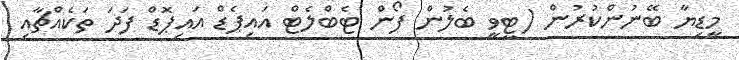
މީޑިޔާ ބޭނުންކުރުން (ޓީވީ ބެލުން ފޯން ޓެބްލެޓް އައިޕެޑް އައިޕޮޑް ފަދަ ތަކެއްޗާއި